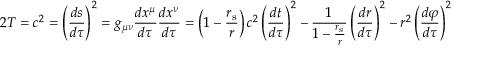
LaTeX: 2 T = c ^ { 2 } = \left( { \frac { d s } { d \tau } } \right) ^ { 2 } = g _ { \mu \nu } { \frac { d x ^ { \mu } } { d \tau } } { \frac { d x ^ { \nu } } { d \tau } } = \left( 1 - { \frac { r _ { \mathrm { { s } } } } { r } } \right) c ^ { 2 } \left( { \frac { d t } { d \tau } } \right) ^ { 2 } - { \frac { 1 } { 1 - { \frac { r _ { \mathrm { { s } } } } { r } } } } \left( { \frac { d r } { d \tau } } \right) ^ { 2 } - r ^ { 2 } \left( { \frac { d \varphi } { d \tau } } \right) ^ { 2 }